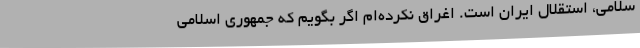
سلامی، استقلال ایران است. اغراق نکرده‌ام اگر بگویم که جمهوری اسلامی